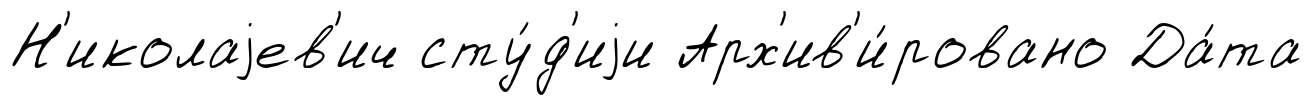
Н'иколаjев'ич сту́д'иjи Арх'ив'и́ровано Да́та